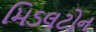
મિડલટોન